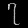
Digit: ၇